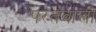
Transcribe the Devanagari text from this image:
परतवाली